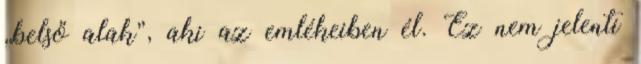
„belső alak”, aki az emlékeiben él. Ez nem jelenti